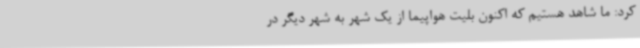
کرد: ما شاهد هستیم که اکنون بلیت هواپیما از یک شهر به شهر دیگر در